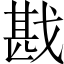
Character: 戡